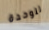
للوحدة